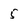
Character: 5